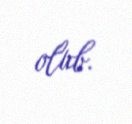
olub.